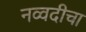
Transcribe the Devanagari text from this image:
नव्वदीचा